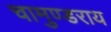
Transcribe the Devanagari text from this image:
चामुण्डराय